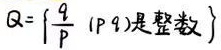
$\mathbb{Q}=\left\{\frac{q}{p} \mid (p,q)\text{是整数}\right\}$